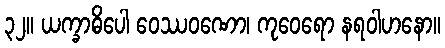
၃၂။ ယက္ခာဓိပေါ ဝေဿဝဏော၊ ကုဝေရော နရဝါဟနော။